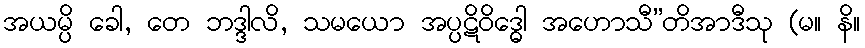
အယမ္ပိ ခေါ, တေ ဘဒ္ဒါလိ, သမယော အပ္ပဋိဝိဒ္ဓေါ အဟောသီ”တိအာဒီသု (မ။ နိ။